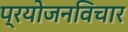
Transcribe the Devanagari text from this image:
प्रयोजनविचार